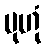
မုဟုံ